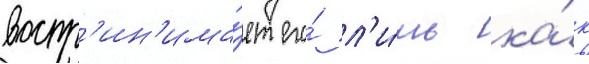
воспр'ин'има́ет его́ л'и́шь ка́к